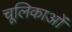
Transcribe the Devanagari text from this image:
चूलिकाओं